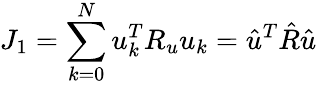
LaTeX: J_{1}=\sum_{k=0}^{N}u_{k}^{T}R_{u}u_{k}=\hat{u}^{T}\hat{R}\hat{u}